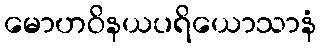
မောဟဝိနယပရိယောသာနံ